Trukikaitis_Postimees, lk 147
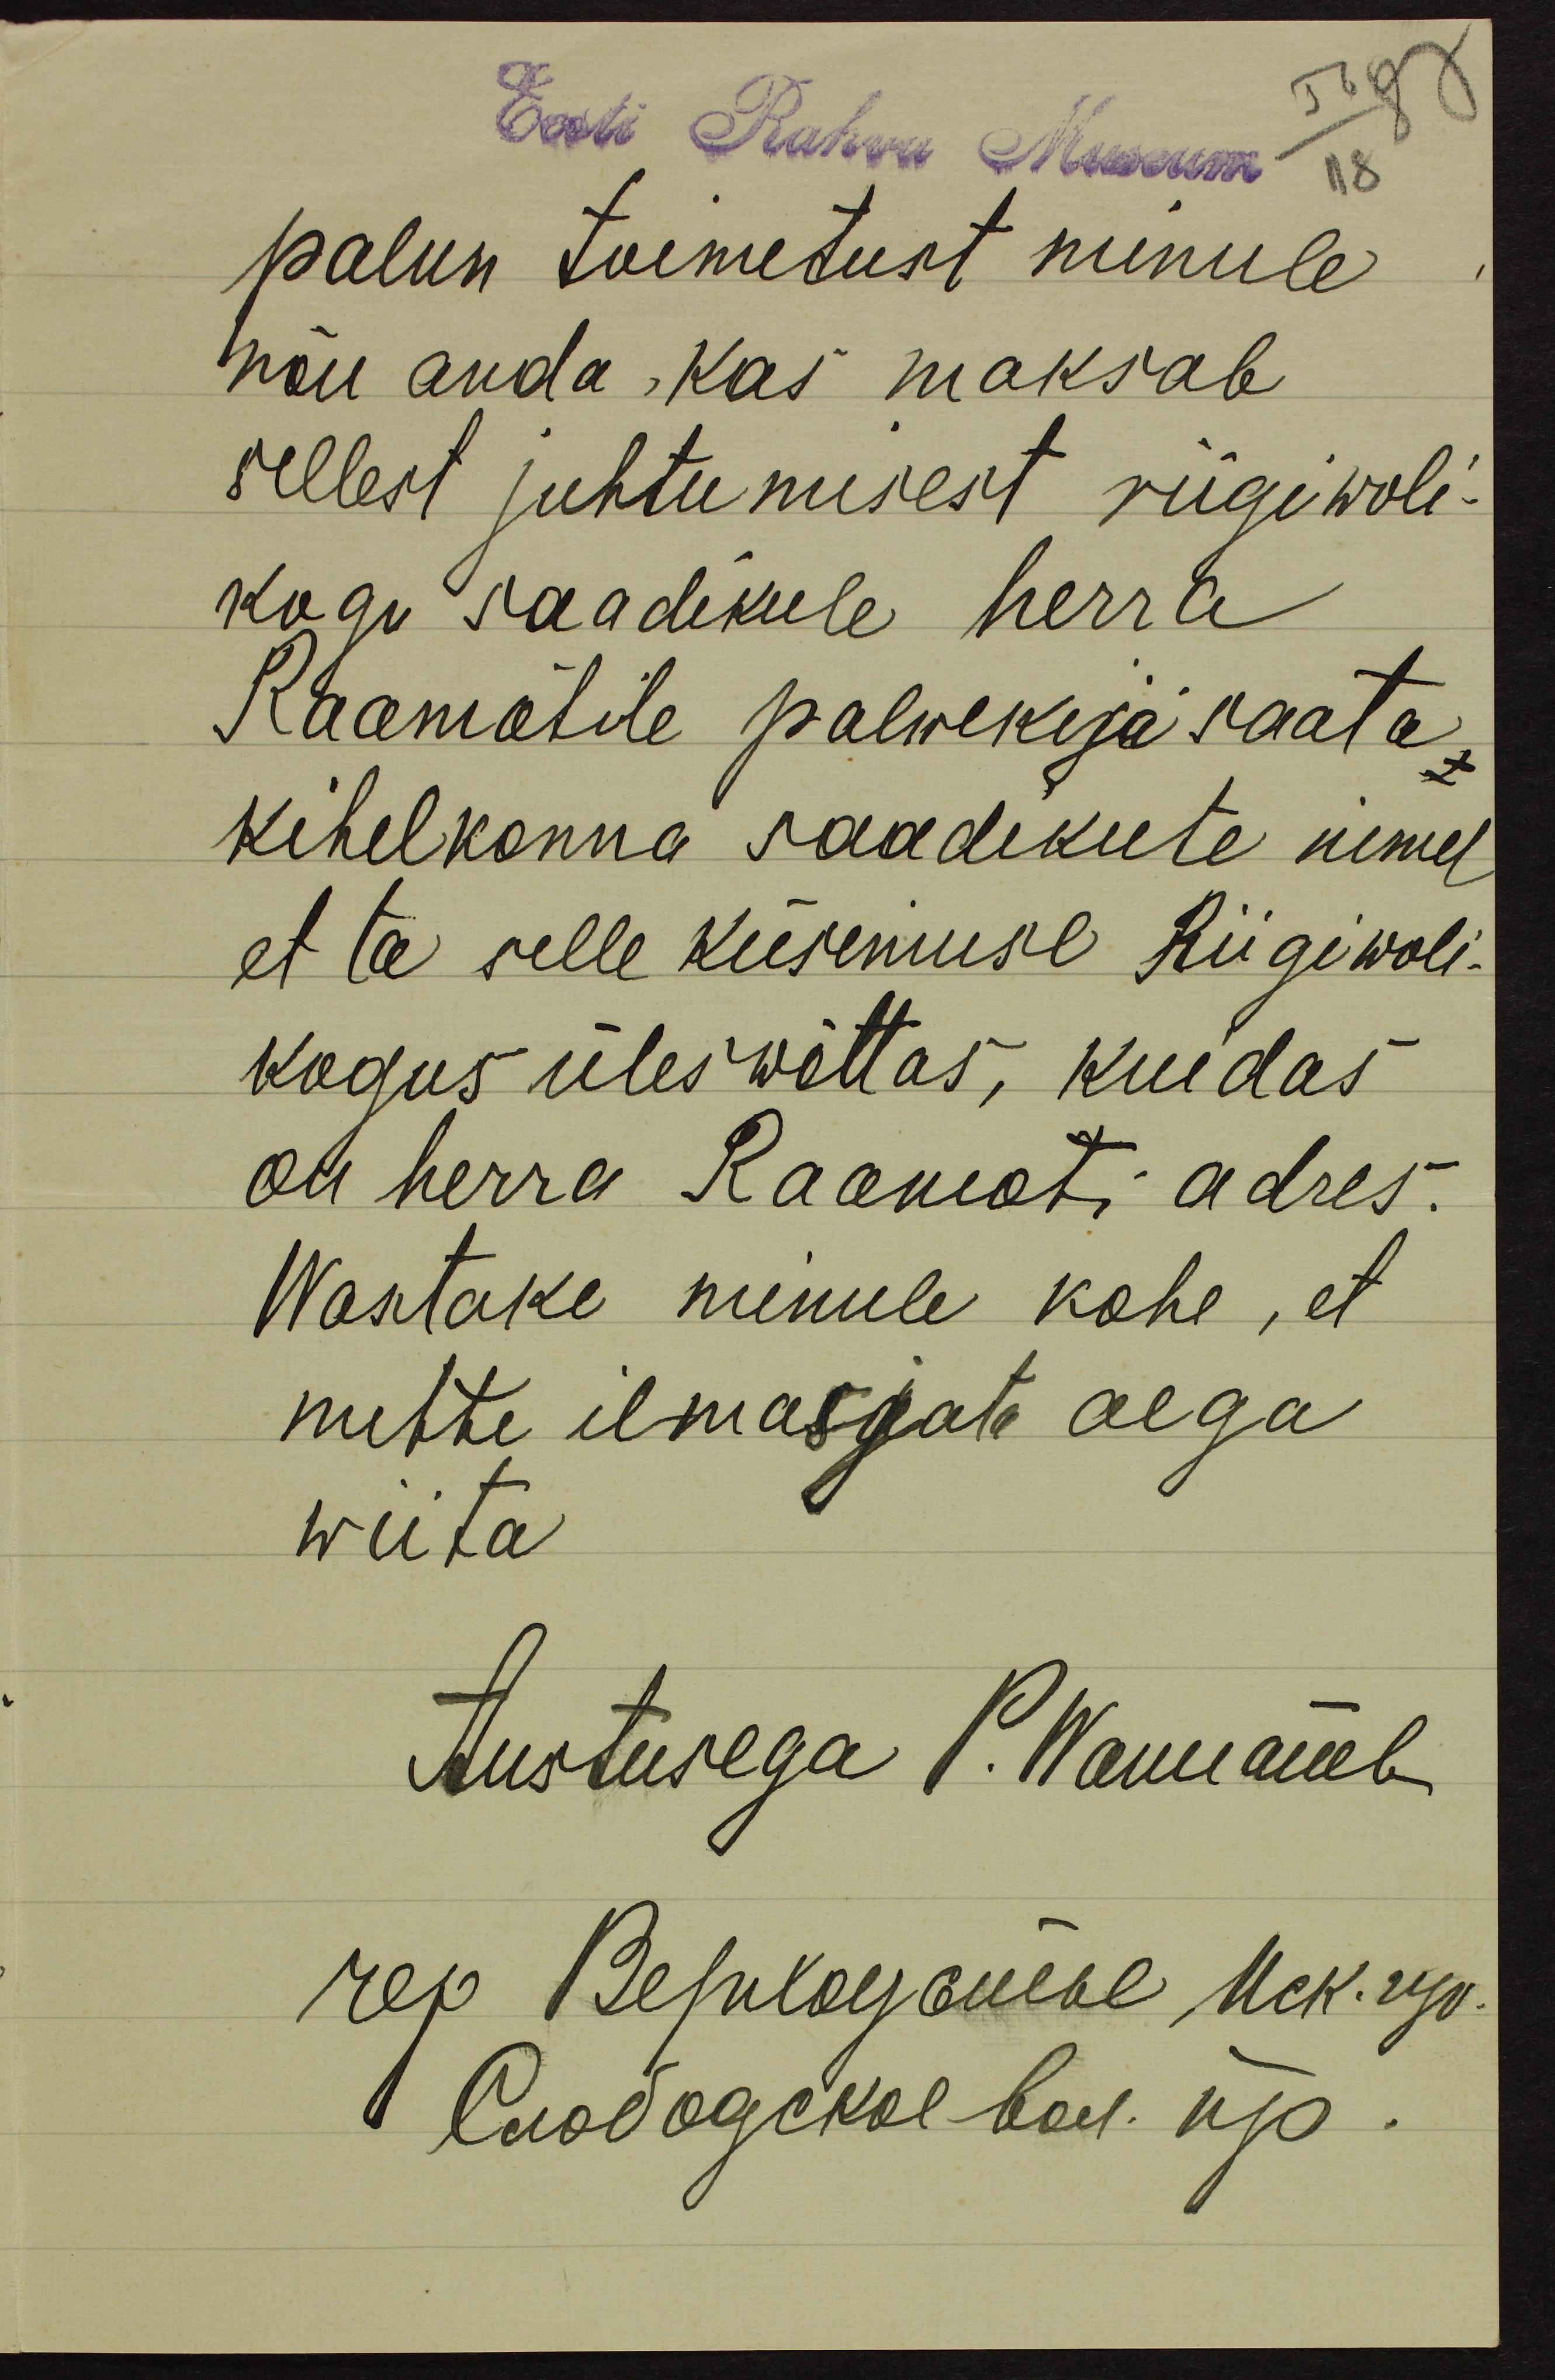
Eesti Rahva Museum
palun toimetust minule
nõu anda, kas maksab
sellest juhtumisest riigi woli-
kogu saadikule herra
Raamotile palwekirja saata,
kihelkonna saadikute nimel
et ta selle küsimuse Riigi woli-
kogus üleswõttas, kuidas
on herra Raamoti adres.
Wastake minule kohe, et
mitte ilmasjata aega
wiita.
Austusega P. Wannanb